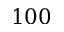
1 0 0